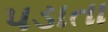
પડાતા